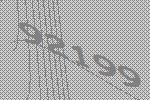
92199